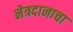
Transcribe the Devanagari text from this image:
नेत्रदानाचा